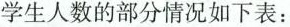
学生人数的部分情况如下表：